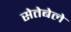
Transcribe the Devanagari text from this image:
सेतेबेले